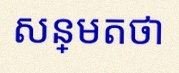
សន្មតថា